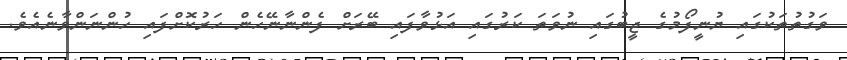
ވަގުތުތަކުގައި ޔުނީފޯމުގެ ޖީބުގައި ނުވަތަ ކަރުގައި އަޅުވާފައި ބޭރަށް ފެންނާނޭހެން ހަރުކޮށްފައި ހުންނަންވާނެއެވެ.